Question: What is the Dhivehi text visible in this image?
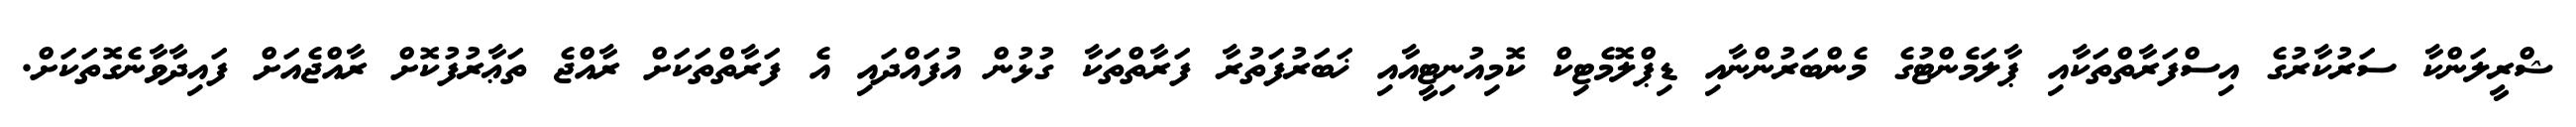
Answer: ޝްރީލަންކާ ސަރުކާރުގެ އިސްފަރާތްތަކާއި ޕާލަމެންޓުގެ މެންބަރުންނާއި ޑިޕްލޮމެޓިކް ކޮމިއުނިޓީއާއި ޚަބަރުފަތުރާ ފަރާތްތަކާ ގުޅުން އުފައްދައި އެ ފަރާތްތަކަށް ރާއްޖެ ތަޢާރުފުކޮށް ރާއްޖެއަށް ފައިދާވާނެގޮތަކަށް.